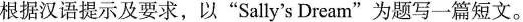
根据汉语提示及要求，以”Sally's Dream”为题写一篇短文。